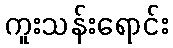
ကူးသန်းရောင်း